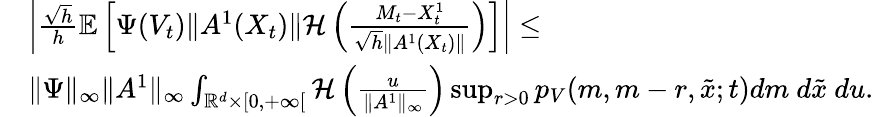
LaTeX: \begin{array}{rl}&{\left|\frac{\sqrt{h}}{h}{\mathbb E}\left[\Psi(V_{t})\| A^{1}(X_{t})\| {\mathcal H}\left(\frac{M_{t}-{X_{t}^{1}}}{\sqrt{h}\| A^{1}(X_{t})\| }\right)\right]\right|\leq}\\ &{\| \Psi\| _{\infty}\| A^{1}\| _{\infty}\int_{{\mathbb R}^{d}\times[0,+\infty[}{\cal H}\left(\frac{u}{\| A^{1}\| _{\infty}}\right)\operatorname*{sup}_{r>0}p_{V}(m,m-r,\tilde{x};t)dm~d\tilde{x}~du.}\end{array}